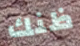
ظنك